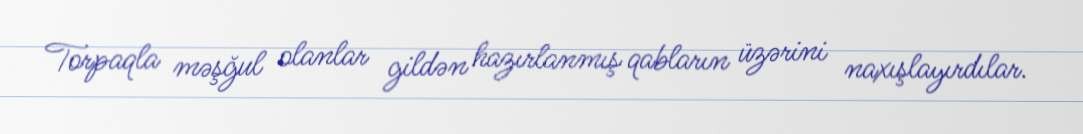
Torpaqla məşğul olanlar gildən hazırlanmış qabların üzərini naxışlayırdılar.